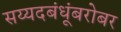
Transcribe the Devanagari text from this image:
सय्यदबंधूंबरोबर